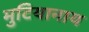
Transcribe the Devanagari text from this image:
मुटियानाय